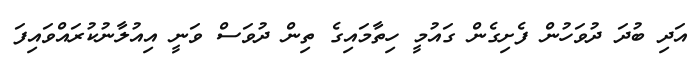
އަދި ބުދަ ދުވަހުން ފެށިގެން ގައުމީ ހިތާމައިގެ ތިން ދުވަސް ވަނީ އިއުލާނުކުރައްވައިފަ